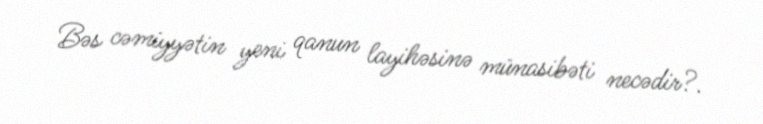
Bəs cəmiyyətin yeni qanun layihəsinə münasibəti necədir?.